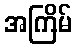
အကြိမ်